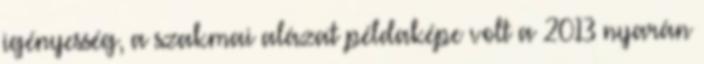
igényesség, a szakmai alázat példaképe volt a 2013 nyarán